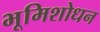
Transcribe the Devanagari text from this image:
भूमिशोधन